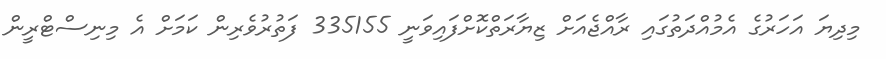
މިދިޔަ އަހަރުގެ އެމުއްދަތުގައި ރާއްޖެއަށް ޒިޔާރަތްކޮށްފައިވަނީ 335155 ފަތުރުވެރިން ކަމަށް އެ މިނިސްޓްރީން